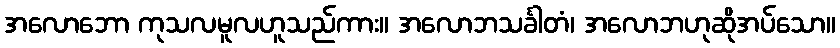
အလောဘော ကုသလမူလဟူသည်ကား။ အလောဘသင်္ခါတံ၊ အလောဘဟုဆိုအပ်သော။